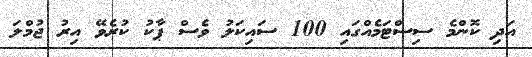
އަދި ކޮންމެ ސިސްޓަމެއްގައި 100 ސައިކަލު ވެސް ޕާކު ކުރެވޭ އިރު ޖުމްލަ